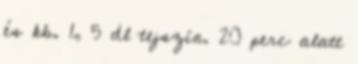
és kb. 1, 5 dl tejszín. 20 perc alatt